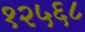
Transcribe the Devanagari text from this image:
१२५६८